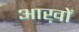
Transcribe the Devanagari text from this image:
आख़ों